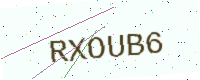
Text: RXOUB6